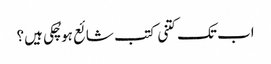
اب تک کتنی کتب شائع ہو چُکی ہیں؟